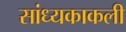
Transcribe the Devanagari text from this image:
सांध्यकाकली